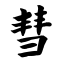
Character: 彗